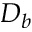
D _ { b }